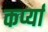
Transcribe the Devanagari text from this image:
कर्प्या